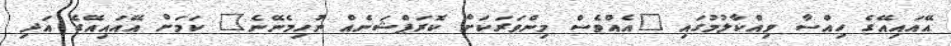
އޭއައިއޭގެ ހިއްސާ ވިއްކާލުމުގައި "އެއްވެސް މިންވަރަކަށް ކޮރަޕްޝަނެއް ނުހިމެނޭނެ" ކަމަށް އޭއައިއޭގެ އަދި